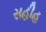
સહીહ